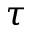
\tau